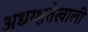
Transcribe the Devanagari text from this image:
अधय्क्षतेखाली